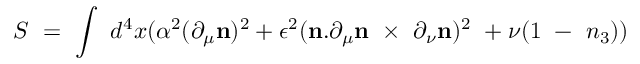
S ~ = ~ \int ~ d ^ { 4 } x ( { \alpha ^ { 2 } } ( \partial _ { \mu } { \bf n } ) ^ { 2 } + \epsilon ^ { 2 } ( { \bf n } . \partial _ { \mu } { \bf n } ~ \times ~ \partial _ { \nu } { \bf n } ) ^ { 2 } ~ + \nu ( 1 ~ - ~ n _ { 3 } ) )